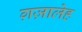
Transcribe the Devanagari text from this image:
ग़ज़ालेह